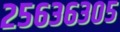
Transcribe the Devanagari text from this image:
२५६३६३०५